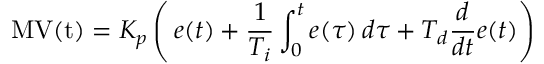
\mathrm { M V ( t ) } = K _ { p } \left( \, { e ( t ) } + { \frac { 1 } { T _ { i } } } \int _ { 0 } ^ { t } { e ( \tau ) } \, { d \tau } + T _ { d } { \frac { d } { d t } } e ( t ) \right)